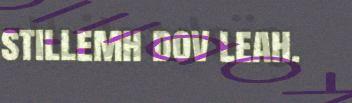
stillemh dov leah.